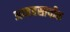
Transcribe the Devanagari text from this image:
अव्यवसायीक